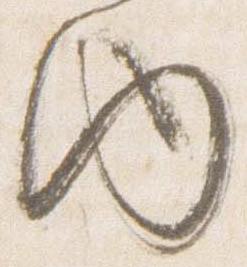
内